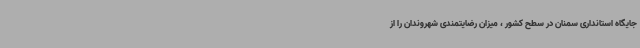
جایگاه استانداری سمنان در سطح کشور ، میزان رضایتمندی شهروندان را از